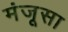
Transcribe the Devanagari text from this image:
मंजूसा